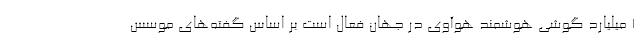
1 میلیارد گوشی هوشمند هوآوی در جهان فعال است بر اساس گفته‌های موسس